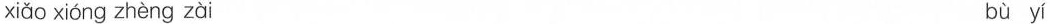
xiǎo xióng zhèng zài bù yí